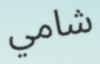
شامي